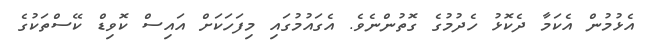
އެޅުމުން އެކަމާ ދެކޮޅު ހެދުމުގެ ގޮތުންނެވެ. އެގައުމުގައި މިފަހަކަށް އައިސް ކޮވިޑް ކޭސްތަކުގެ